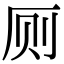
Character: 厕